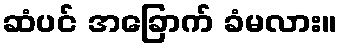
ဆံပင် အခြောက် ခံမလား။